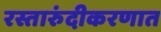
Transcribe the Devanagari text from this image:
रस्तारुंदीकरणात